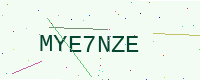
Text: MYE7NZE